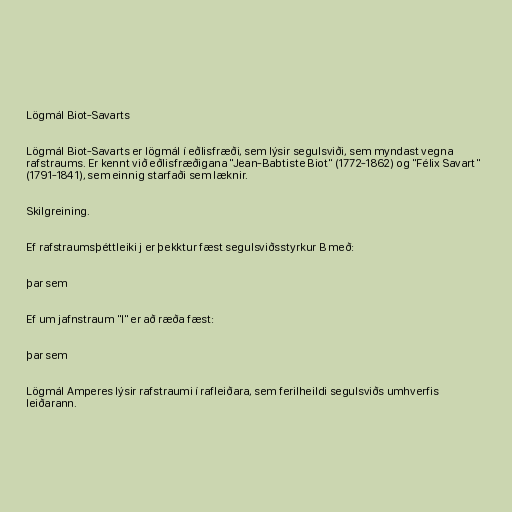
Lögmál Biot-Savarts

Lögmál Biot-Savarts er lögmál í eðlisfræði, sem lýsir segulsviði, sem myndast vegna
rafstraums. Er kennt við eðlisfræðigana "Jean-Babtiste Biot" (1772-1862) og "Félix Savart"
(1791-1841), sem einnig starfaði sem læknir.

Skilgreining.

Ef rafstraumsþéttleiki j er þekktur fæst segulsviðsstyrkur B með:

þar sem

Ef um jafnstraum "I" er að ræða fæst:

þar sem

Lögmál Amperes lýsir rafstraumi í rafleiðara, sem ferilheildi segulsviðs umhverfis
leiðarann.